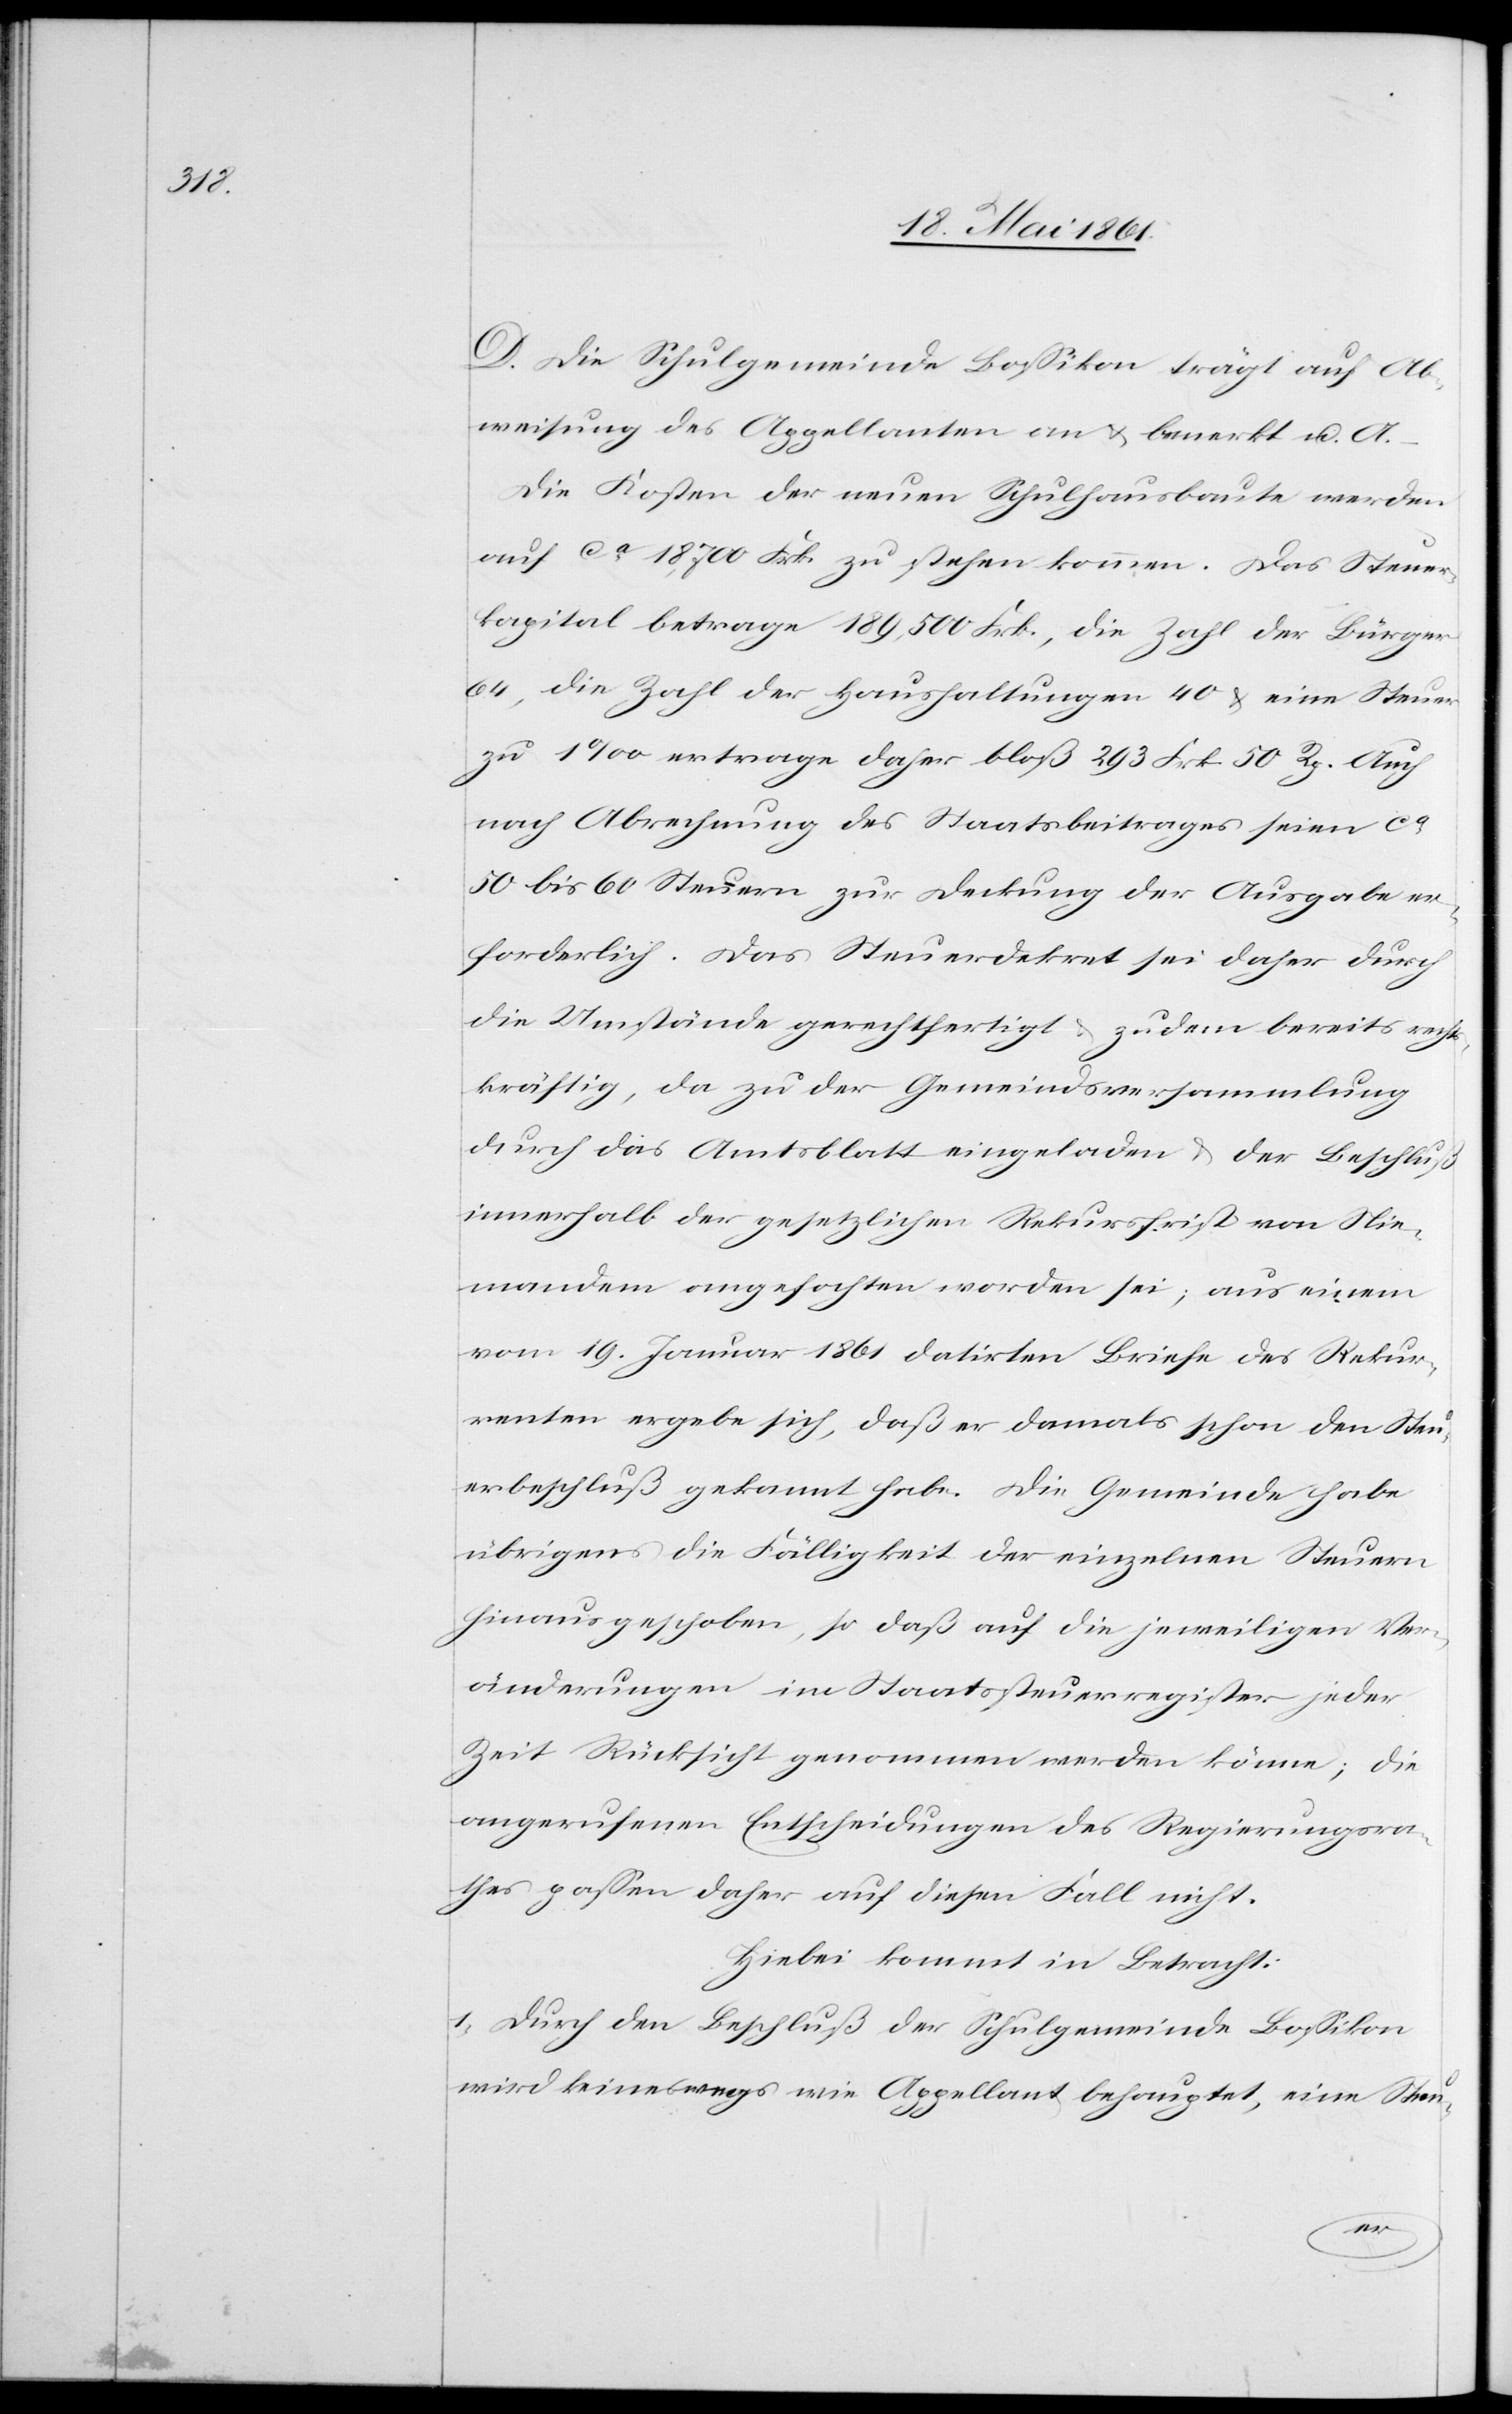
D. Die Schulgemeinde Bossikon trägt auf Ab¬
weisung des Appellanten an u. bemerkt u. A.:
Die Kosten der neuen Schulhausbaute werden
auf ca 18,700 Frk. zu stehen kommen. Das Steuer¬
kapital betrage 189,500 Frk., die Zahl der Bürger
64, die Zahl der Haushaltungen 40 u. eine Steuer
zu 1‰ ertrage daher bloß 293 Frk. 50 Rp. Auch
nach Abrechnung des Staatsbeitrages seien ca
50 bis 60 Steuern zur Deckung der Ausgabe er¬
forderlich. Das Steuerdekret sei daher durch
die Umstände gerechtfertigt u. zudem bereits rechts¬
kräftig, da zu der Gemeindsversammlung
durch das Amtsblatt eingeladen u. der Beschluß
innerhalb der gesetzlichen Rekursfrist von Nie¬
mandem angefochten worden sei; aus einem
vom 19. Januar 1861 datirten Briefe des Rekur¬
renten ergebe sich, daß er damals schon den Steu¬
erbeschluß gekannt habe. Die Gemeinde habe
übrigens die Fälligkeit der einzelnen Steuern
hinausgeschoben, so daß auf die jeweiligen Ver¬
änderungen im Staatssteuerregister jeder
Zeit Rücksicht genommen werden könne; die
angerufenen Entscheidungen des Regierungsra¬
thes passen daher auf diesen Fall nicht.
Hiebei kommt in Betracht:
1) Durch den Beschluß der Schulgemeinde Bossikon
wird keineswegs wie Appellant behauptet, eine Steu-